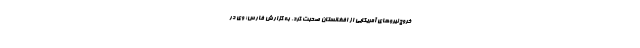
خروج نیروهای آمریکایی از افغانستان صحبت کرد. به گزارش فارس؛ وی در